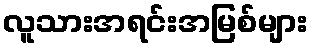
လူသားအရင်းအမြစ်များ